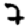
Digit: 7